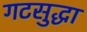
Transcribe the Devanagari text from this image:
गटसुद्धा